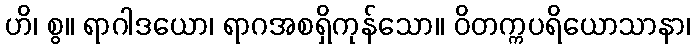
ဟိ၊ စွ။ ရာဂါဒယော၊ ရာဂအစရှိကုန်သော။ ဝိတက္ကပရိယောသာနာ၊